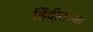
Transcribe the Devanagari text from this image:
हिंदीतल्या